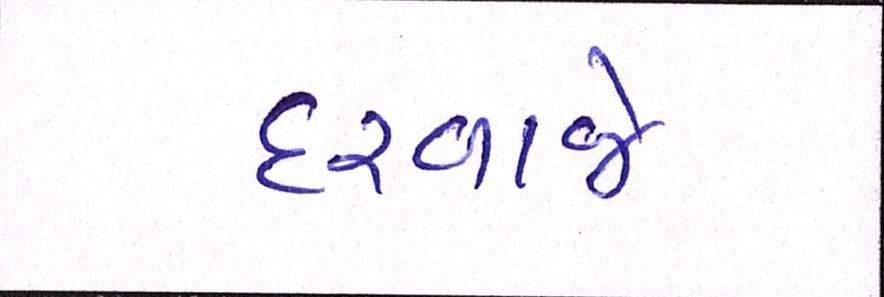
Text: દરવાજે